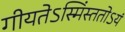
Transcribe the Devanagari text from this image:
गीयतेऽस्मिंस्ततोऽयं